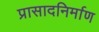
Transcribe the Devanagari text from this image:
प्रासादनिर्माण